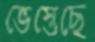
ভেস্তেছে